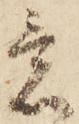
意